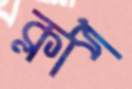
ক্লাপ